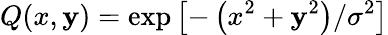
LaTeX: Q(x,\mathbf{y})=\exp\left[-\left(x^{2}+\mathbf{y}^{2}\right)/\sigma^{2}\right]